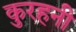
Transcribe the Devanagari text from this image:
कुरहनी